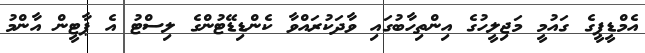
އެމްޑީޕީގެ ގައުމީ މަޖިލީހުގެ އިންތިހާބުގައި ވާދަކުރައްވާ ކެންޑިޑޭޓުންގެ ލިސްޓު އެ ޕާޓީން އާންމު